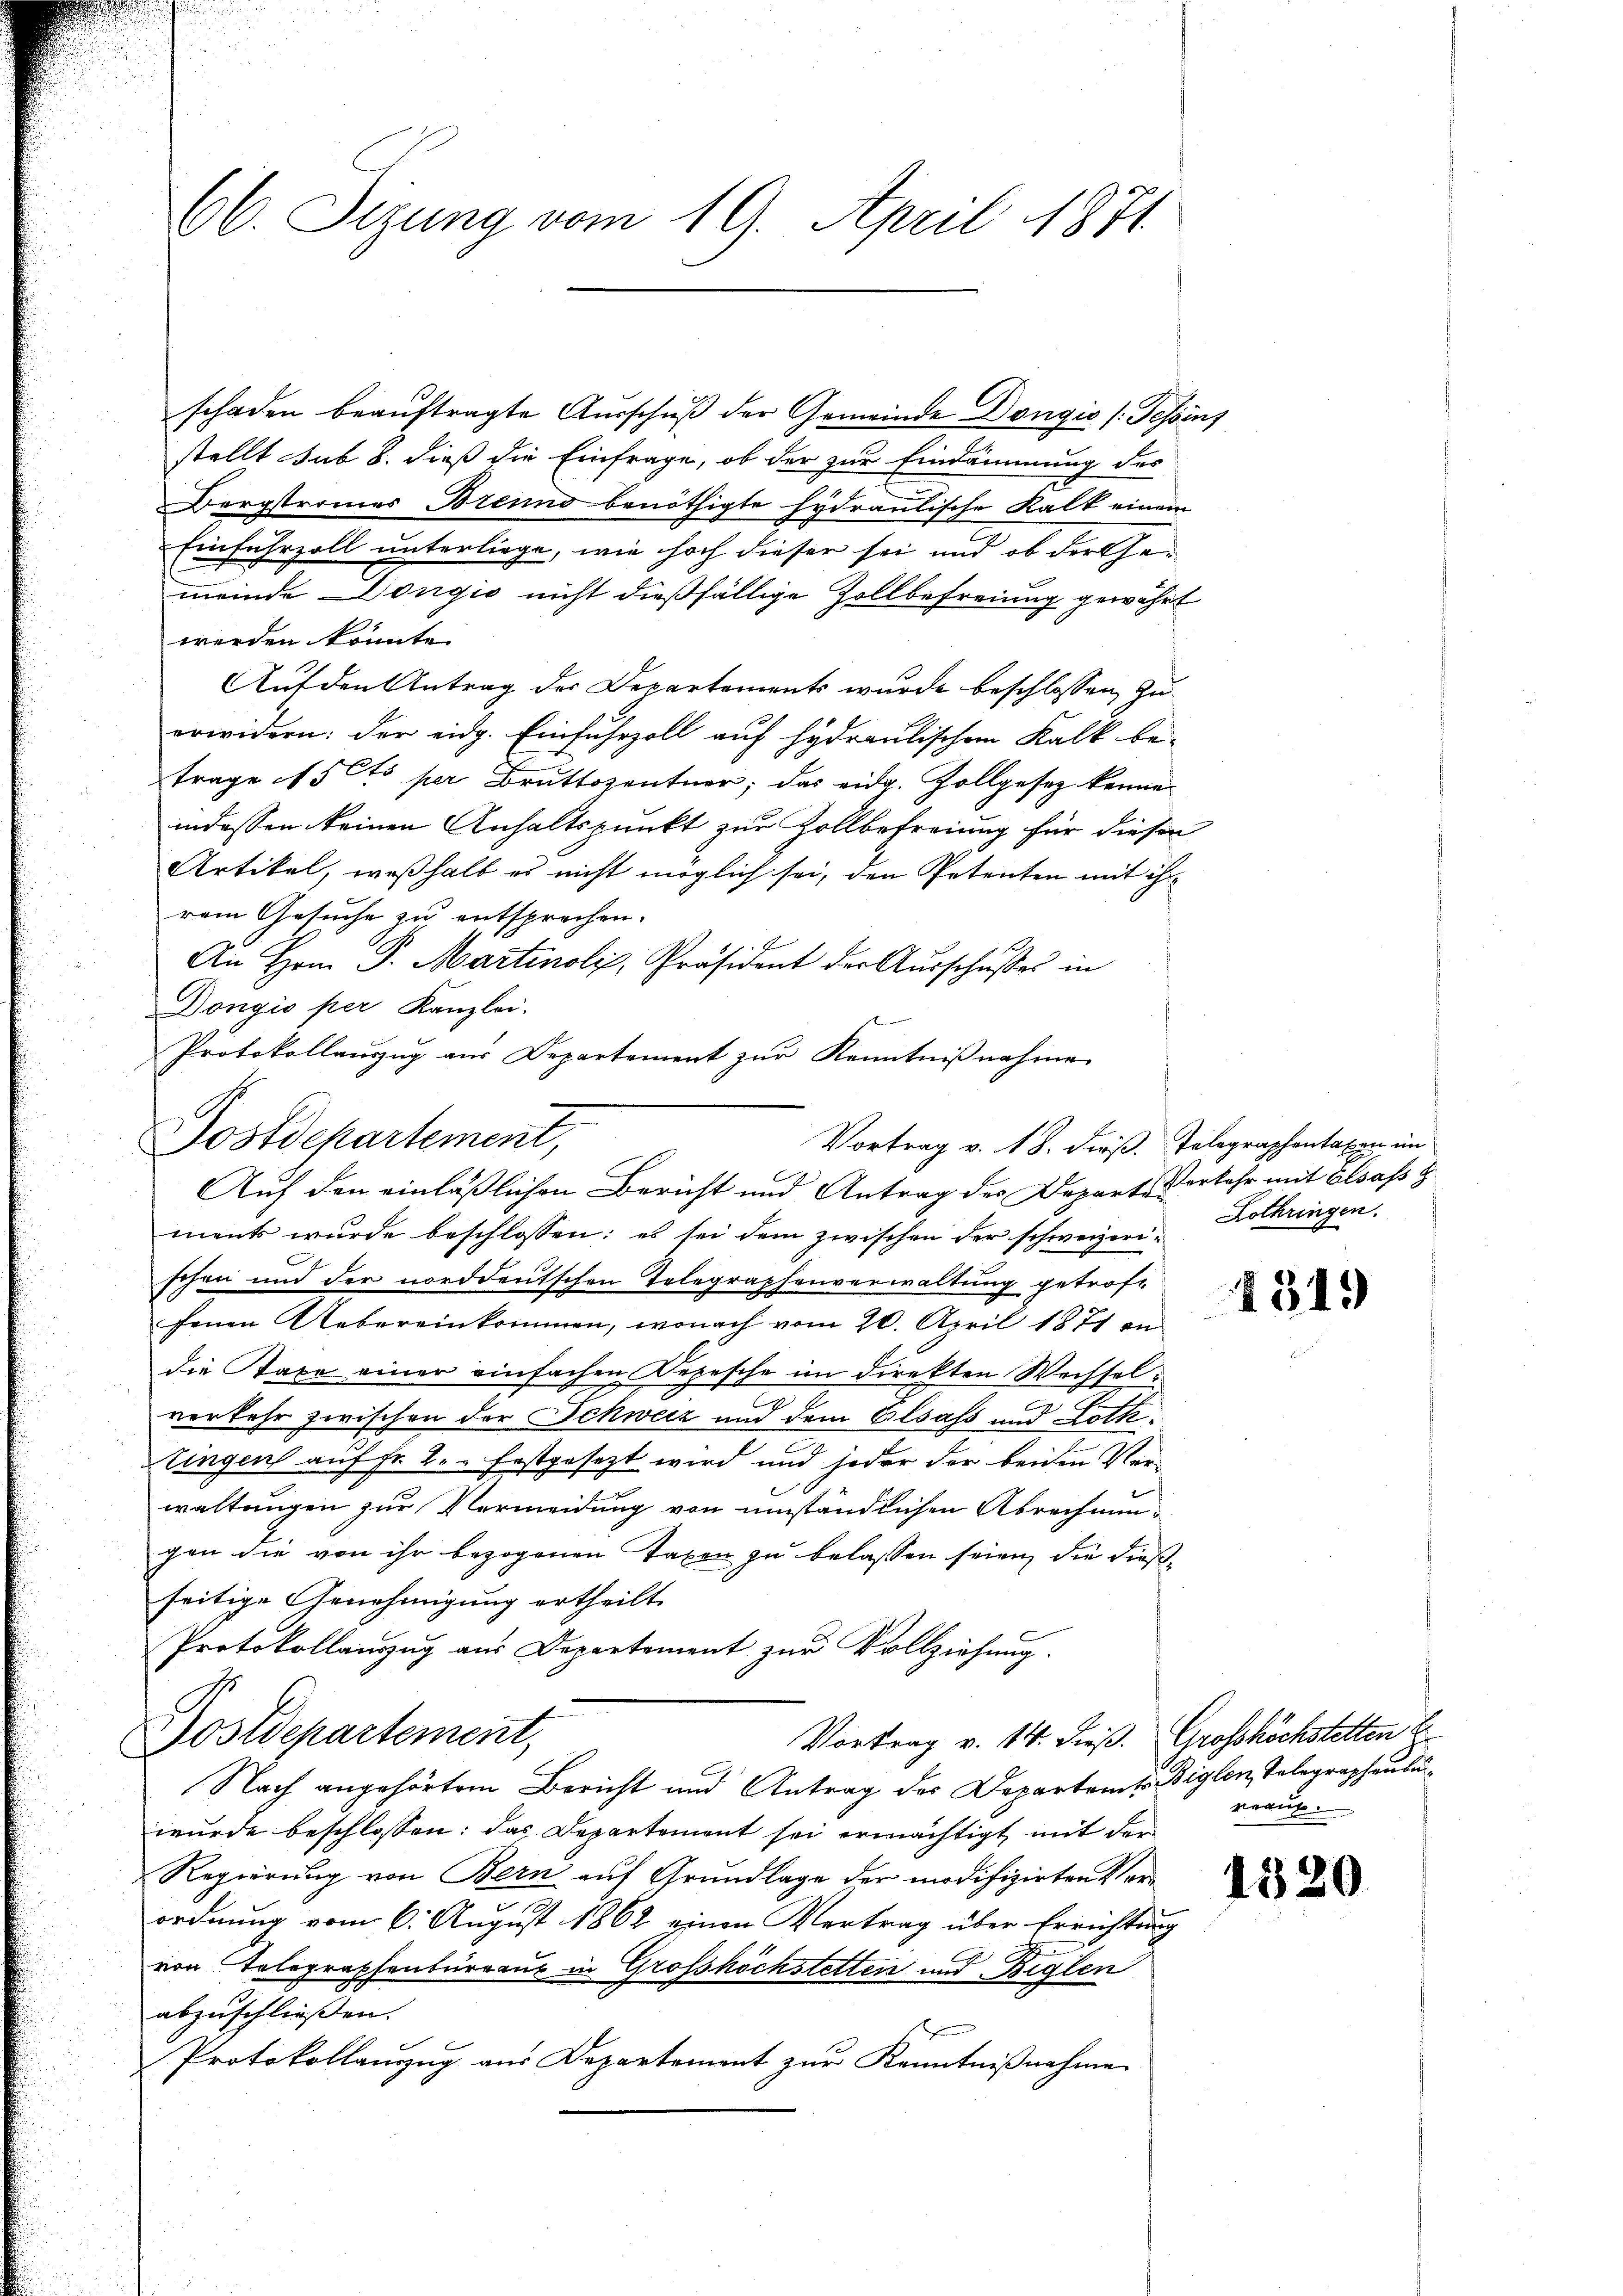
66. Sizung vom 19. April 1871.

schaden beauftragte Ausschuß der Gemeinde Dongio (Tessins
stellt sub 8. dieß die Einfrage, ob der zur Eindämmung des
Bergstromes Brenno benöthigte hydraulische Kalt einem
Einfuhrzoll unterliege, wie hoch dieser sei und ob der Gemeinde Dongić nicht dießfällige Zollbefreiung gewährt
werden könnte.
Auf den Antrag der Departements wurde beschlossen, zuerwidern: der eidg. Einfuhrzoll auf hydraulischen Kalk be-
trage 15 Cts per Bruttozentner, das eidg. Zollgesetz kennen
indessen keinen Anhaltspunkt zur Zollbefreiung für diesen
Artikel, weßhalb es nicht möglich sei, den Petenten mit ihrem Gesuche zu entsprechen.
An Hrn. P. Martinoli, Präsident der Aŭsschußes in
Dongio per Kanzlei.
Dostdepartement,
Auf den einläßlichen Bericht und Antrag des Departe Verkehr mit Elsass z
ment wurde beschlossen: es sei dem zwischen der schweizerischen und der norddeutschen Telegraphenverwaltung getroffenen Uebereinkommen, wonach vom 20. April 1871 in
die Taxe einer einfachen Depesche im direkten Wechselverkehr zwischen der Schweiz und dem Elsass und Lottitingen auf Fr. 2. festgesezt wird und jeder der beiden Verwaltungen zur Vermeidung von umständlichen Abrechnungen die von ihr bezogenen Taxen zu belassen seien, die dießseitige Genehmigung ertheilt.
Protokollauszug aus Departement zur Vollziehung.
Postdepartement,
Vortrag v. 14. dieß. Grosshöchstetten E
Nach angehörtem Bericht und Antrag der Departent. Biglen, Telegraphenbur
wurde beschlossen: das Departement sei ermächtigt, mit der
Regierung von Bern auf Grundlage der modifizirten Ver¬

ordnung vom 6. August 1862 einen Vertrag über Errichtung
von Telegraphenbürraus in Grosshöchstetten und Beglen
abzuschließen.
Protokollanzug aus Departement zur Kenntnißnahme

Protokollaŭszŭg aŭs Departement zŭr Kenntniβnahme
Vortrag v. 18. dieß. Telegraphentaxen im

Lothringen.

1319

nnaus.

1320